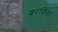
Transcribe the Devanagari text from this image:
बरमिस